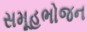
સમૂહભોજન